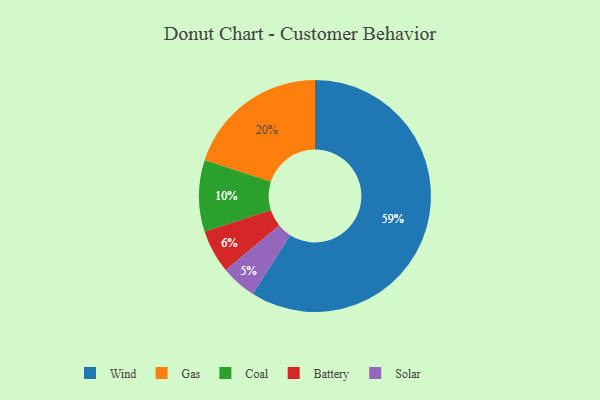
{"axis": {"x": "Category", "y": "Percentage"}, "legend": ["Battery", "Coal", "Gas", "Solar", "Wind"], "data": [{"x": "Gas", "y": 20, "type": "Gas"}, {"x": "Battery", "y": 6, "type": "Battery"}, {"x": "Coal", "y": 10, "type": "Coal"}, {"x": "Wind", "y": 59, "type": "Wind"}, {"x": "Solar", "y": 5, "type": "Solar"}]}